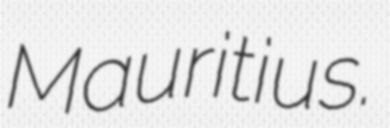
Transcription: Mauritius.